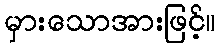
မှားသောအားဖြင့်။